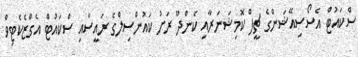
ސްކައުޓް އެސޯސިއޭޝަންގެ ޗީފް ކޮމިޝަނަރާއި ކެންދޫ ރަށު ކައުންސިލްގެ ރައީސާއި ސްކައުޓް އެގްޒެކެޓިވް